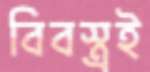
বিবস্ত্রই